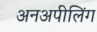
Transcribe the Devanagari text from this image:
अनअपीलिंग